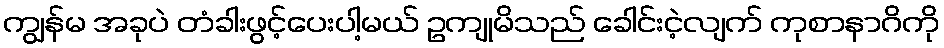
ကျွန်မ အခုပဲ တံခါးဖွင့်ပေးပါ့မယ် ဥကျုမိသည် ခေါင်းငဲ့လျက် ကုစာနာဂိကို